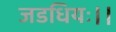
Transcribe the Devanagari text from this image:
जडधियः।।